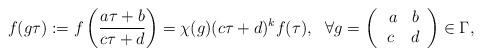
LaTeX: \begin{align*} f(g\tau):=f\left(\frac{a\tau+b}{c\tau+d}\right)=\chi(g)(c\tau+d)^kf(\tau), ~~\forall g=\left(\begin{array}{cc}\ a & b \\ c & d\end{array}\right)\in\Gamma,\end{align*}